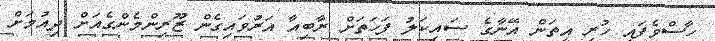
ހާސްވެފައި ހުރި އީތަން އޭނާގެ ސައިކަލު ފަހަތަށް ރާބިއާ އަރުވައިގެން ޒޫރިންމެންގެއަށް ދިއުމަށް